Bréfritari: Jóhannes Guðmundsson
Viðtakandi: Jón Borgfirðings Jónsson
Dagsetning: A-1870-02-21
Skrifað á: Gunnsteinsstöðum  A-Hún.

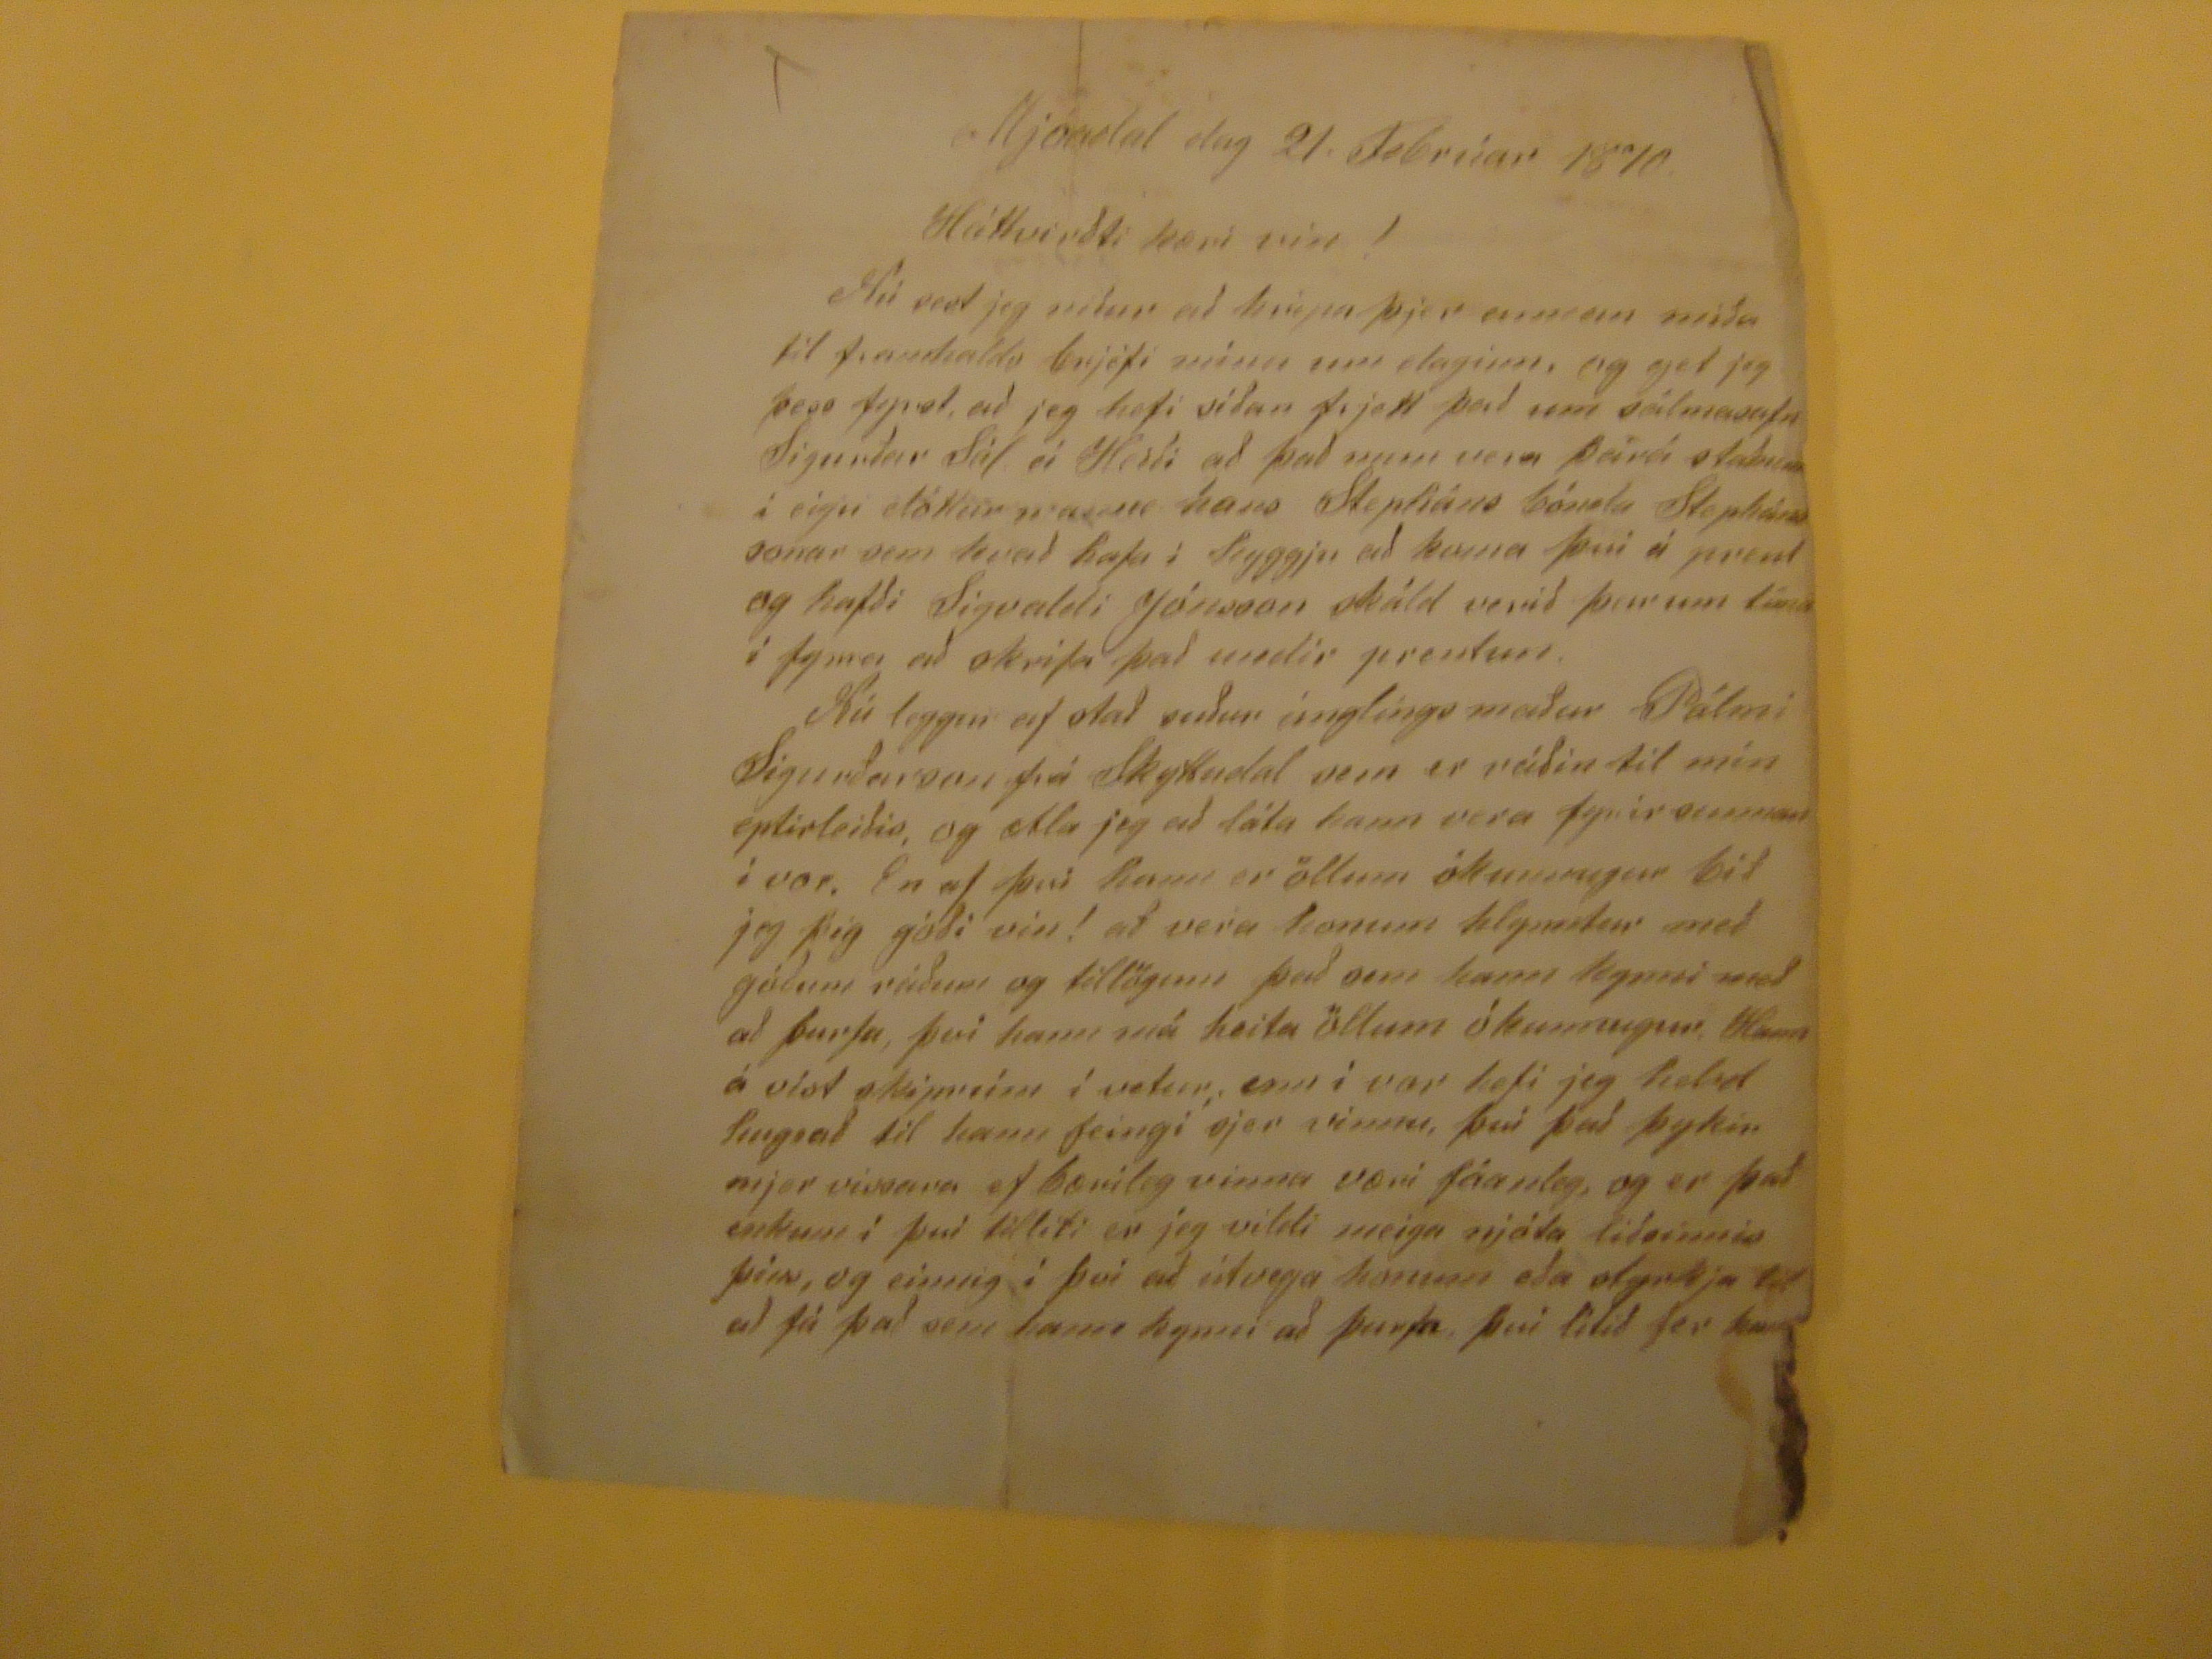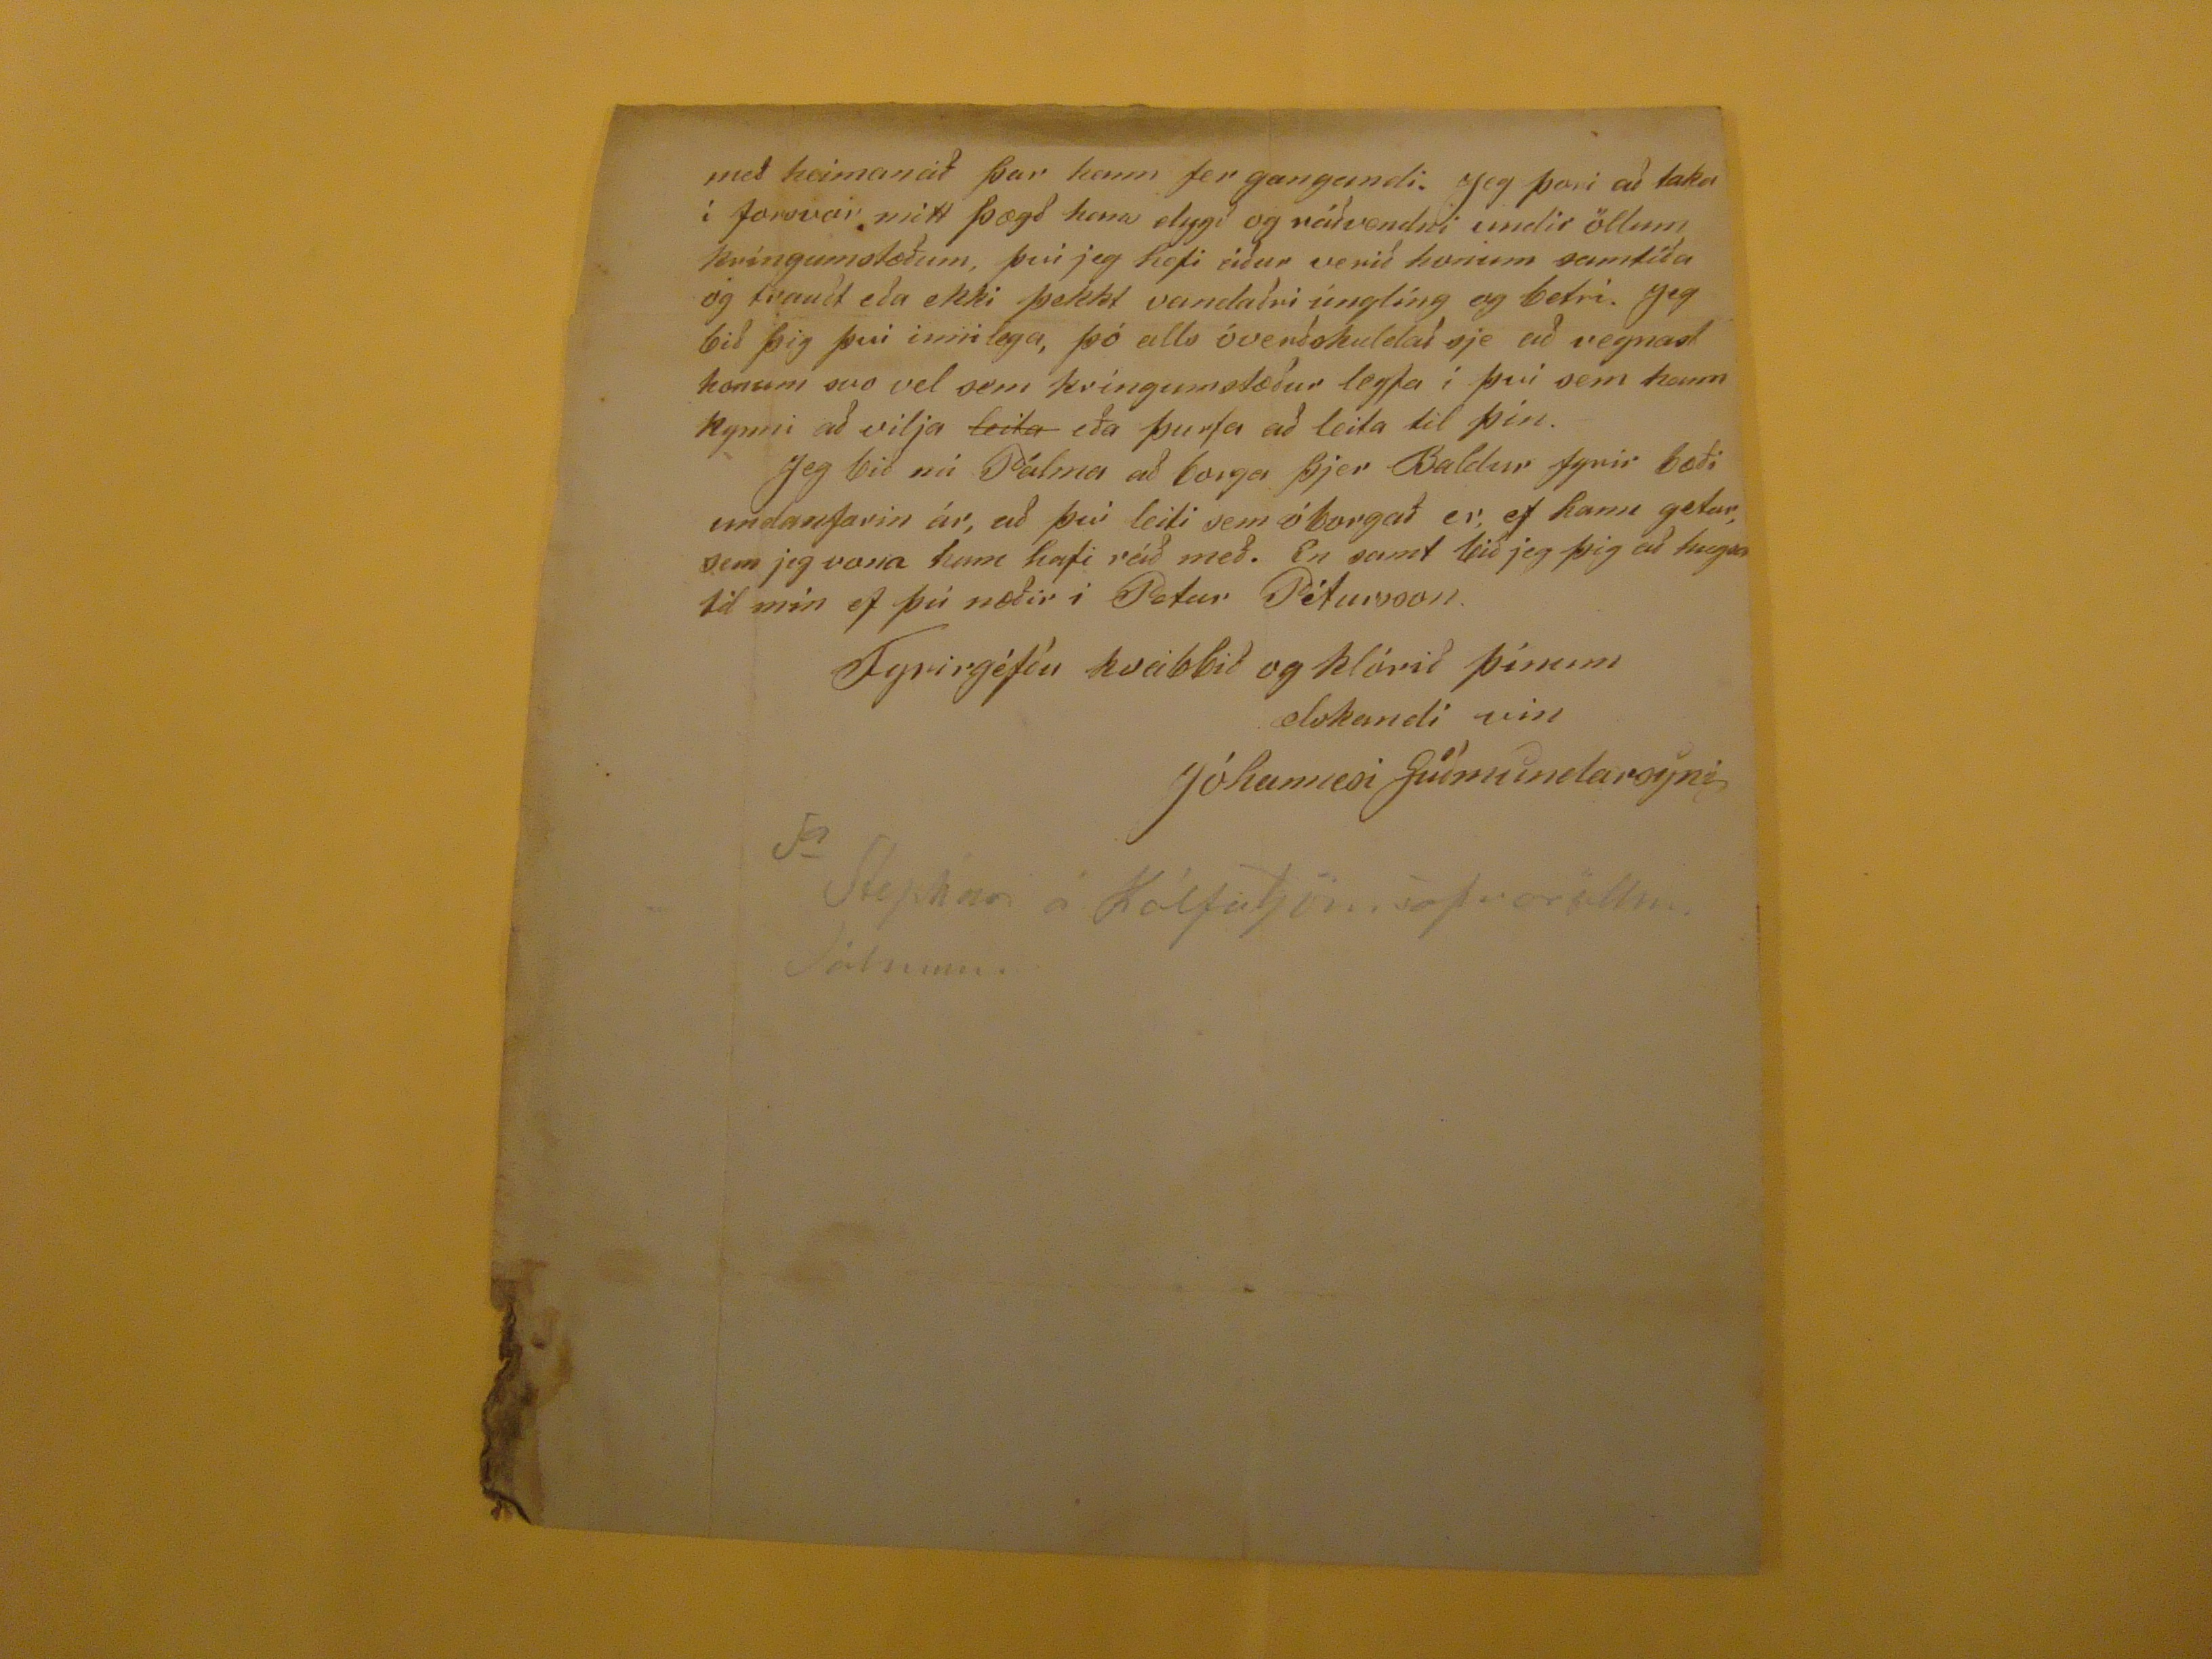

Mjóadal dag 21. Febrúar 1870.
Háttvirðti kæri vin!
Nú sest jeg niðr að hripa þjer annan miða til framhalds brjéfi mínu um daginn, og get jeg þess fyrst, að jeg hefi siðan frjett það um sálmasafn sigurðar Sál. á Hesti að það mun vera þará staðnum í eigu dóttur manns hans Stepháns bónda Stephánssonar sem hvað hafa í huggju að koma því á prent og hafði Sigvaldi Jónsson skáld verið þarum tíma í fyrra að skrifa það undir prentun. Nú leggur af stað suður únglíngs maður Pálmi Sigurðarson frá Skyttudal sem er ráðin til mín eptirleiðis, og ætla jeg að láta hann vera fyrir sunnan í vor. En af því hann er öllum ókunnugur bið jeg þig góði vin! að vera honum hlynntur með góðum ráðum og tillögum það sem hann kynni með að þurfa, því hann má heita öllum ókunnugur. Hann á víst skiprúm í vetur; enn í vor hefi jeg helzt hugsað til hann feingi sjer vinnu, því það þykir mjer vissara ef bærileg vinna væri fáanleg, og er það enkum í það tilliti er jeg vildi meiga njóta liðsinnis þíns, og einnig í því að útvega honum eða styrkja til að fá það sem hann kkynni að þurfa, því lítið fer hann
með heimanað þar hann fer gangandi. Jeg þori að taka í forsvar mitt þægð hana dygð og ráðvendni undir öllum kríngumstæðum, því jeg hefi áður verið honum samtíða og traust eða ekki þekkt vandaðri únglíng og betri. Jeg við þig því innilega, þó alls óverðskuldað sje að vegnast honum svo vel sem kríngumstæður leyfa í því sem hann kynni að vilja
leik
eða þurfa að leita til þín. Jeg bið nú Pálma að borga þjer Baldur fyrir bæði undanfarin ár, að því leiti sem óborgað er ef hann getur, sem jeg vona hann hafi ráð með. En samt bið jeg þig að hugsa til mín ef þú næðir í Petur Pétursson.
Fyrirgéfðu kvabbið og klórið þínum elskandi vin
Jóhannesi Guðmundarsyni